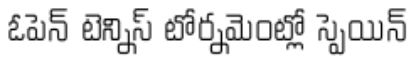
ఓపెన్ టెన్నిస్ టోర్నమెంట్లో స్పెయిన్